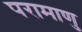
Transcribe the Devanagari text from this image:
परामाणु